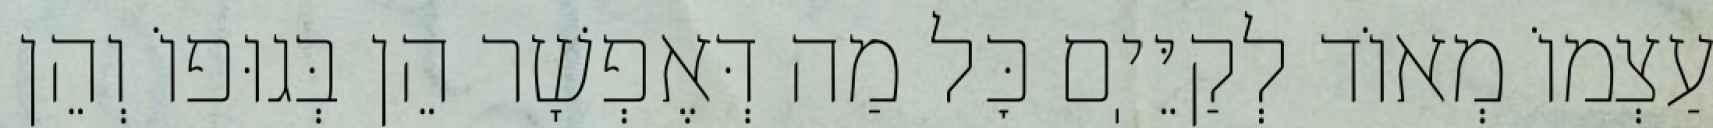
עַצְמוֹ מְאוֹד לְקַיֵּיֽם כׇּל מַה דְּאֶפְשָׁר הֵן בְּגוּפוֹ וְהֵן